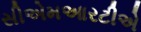
સીએમઆરટીએ